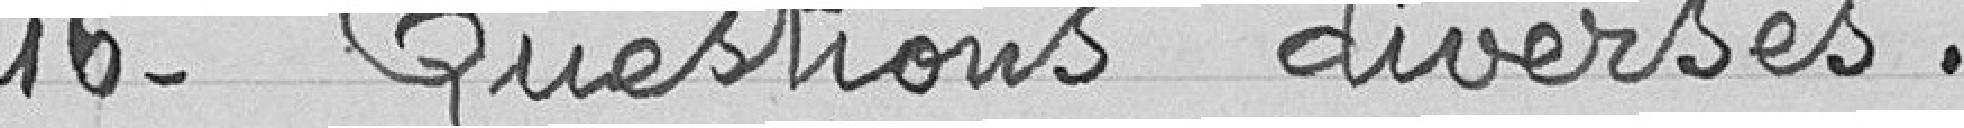
16- Questions diverses :